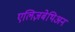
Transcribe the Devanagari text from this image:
एलिज़बेथिअन